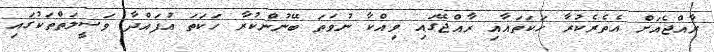
ރާއްޖެއަށް އެތެރެކުރާ ހަކަތައާއި ރާއްޖޭގައި ވިއްކާ ނުވަތަ ބޭނުންކުރާ ހަކަތަ އުފައްދާ ވަސީލަތްތަކުގައި